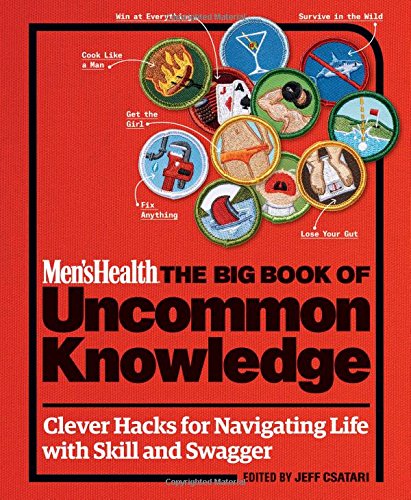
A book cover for Men's Health: The Big Book of Uncommon Knowledge: Clever Hacks for Navigating Life with Skill and Swagger!; Men's Health Editors; Health, Fitness & Dieting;